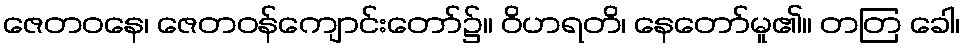
ဇေတဝနေ၊ ဇေတဝန်ကျောင်းတော်၌။ ဝိဟရတိ၊ နေတော်မူ၏။ တတြ ခေါ၊